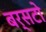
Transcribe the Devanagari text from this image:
बर्सटो